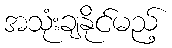
အသုံးချနိုင်မည့်